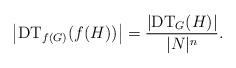
\begin{align*}\big\vert \mathrm{DT}_{f(G)}(f(H))\big\vert = \frac{\vert \mathrm{DT}_G(H)\vert}{\vert N\vert^n}.\end{align*}